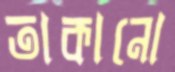
তাকানো